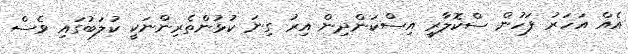
އެއް އަހަރު ފަހުން ސްކޮލާރީ އިސްކަންދިން އިރު ގިނަ ކުޅުންތެރިންނަކީ ކުލަބުގައި ވެސް